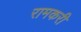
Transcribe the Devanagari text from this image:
रामकरी